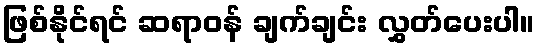
ဖြစ်နိုင်ရင် ဆရာဝန် ချက်ချင်း လွှတ်ပေးပါ။